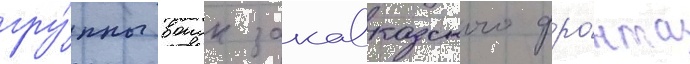
гру́ппы воиск закавказского фро́нта